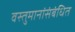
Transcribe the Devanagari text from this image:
वस्तुमानांसंबंधित